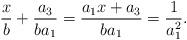
LaTeX: \begin{align*}\frac{x}{b}+\frac{a_3}{ba_1}= \frac{a_1x+a_3}{ba_1}= \frac{1}{a_1^2}.\end{align*}